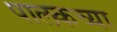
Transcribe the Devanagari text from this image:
पालकच्या